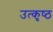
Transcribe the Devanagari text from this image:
उत्‍कृष्‍ठ